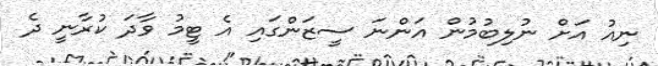
ނިއު އަށް ނުލިބުމުން އަންނަ ސީޒަންގައި އެ ޓީމު ވާދަ ކުރާނީ ދެ